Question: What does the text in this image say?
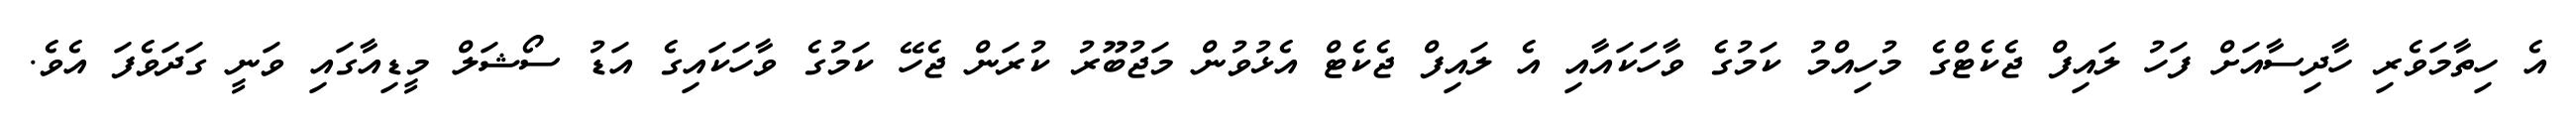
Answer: އެ ހިތާމަވެރި ހާދިސާއަށް ފަހު ލައިފް ޖެކެޓްގެ މުހިއްމު ކަމުގެ ވާހަކައާއި އެ ލައިފް ޖެކެޓް އެޅުވުން މަޖުބޫރު ކުރަން ޖެހޭ ކަމުގެ ވާހަކައިގެ އަޑު ސޯޝަލް މީޑިއާގައި ވަނީ ގަދަވެފަ އެވެ.